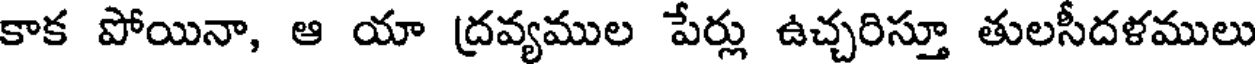
కాక పోయినా, ఆ యా ద్రవ్యముల పేర్లు ఉచ్చరిస్తూ తులసీదళములు